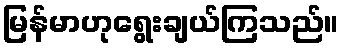
မြန်မာဟုရွေးချယ်ကြသည်။